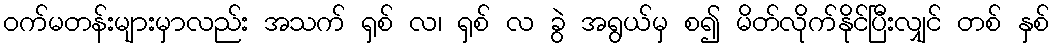
ဝက်မတန်းများမှာလည်း အသက် ရှစ် လ၊ ရှစ် လ ခွဲ အရွယ်မှ စ၍ မိတ်လိုက်နိုင်ပြီးလျှင် တစ် နှစ်